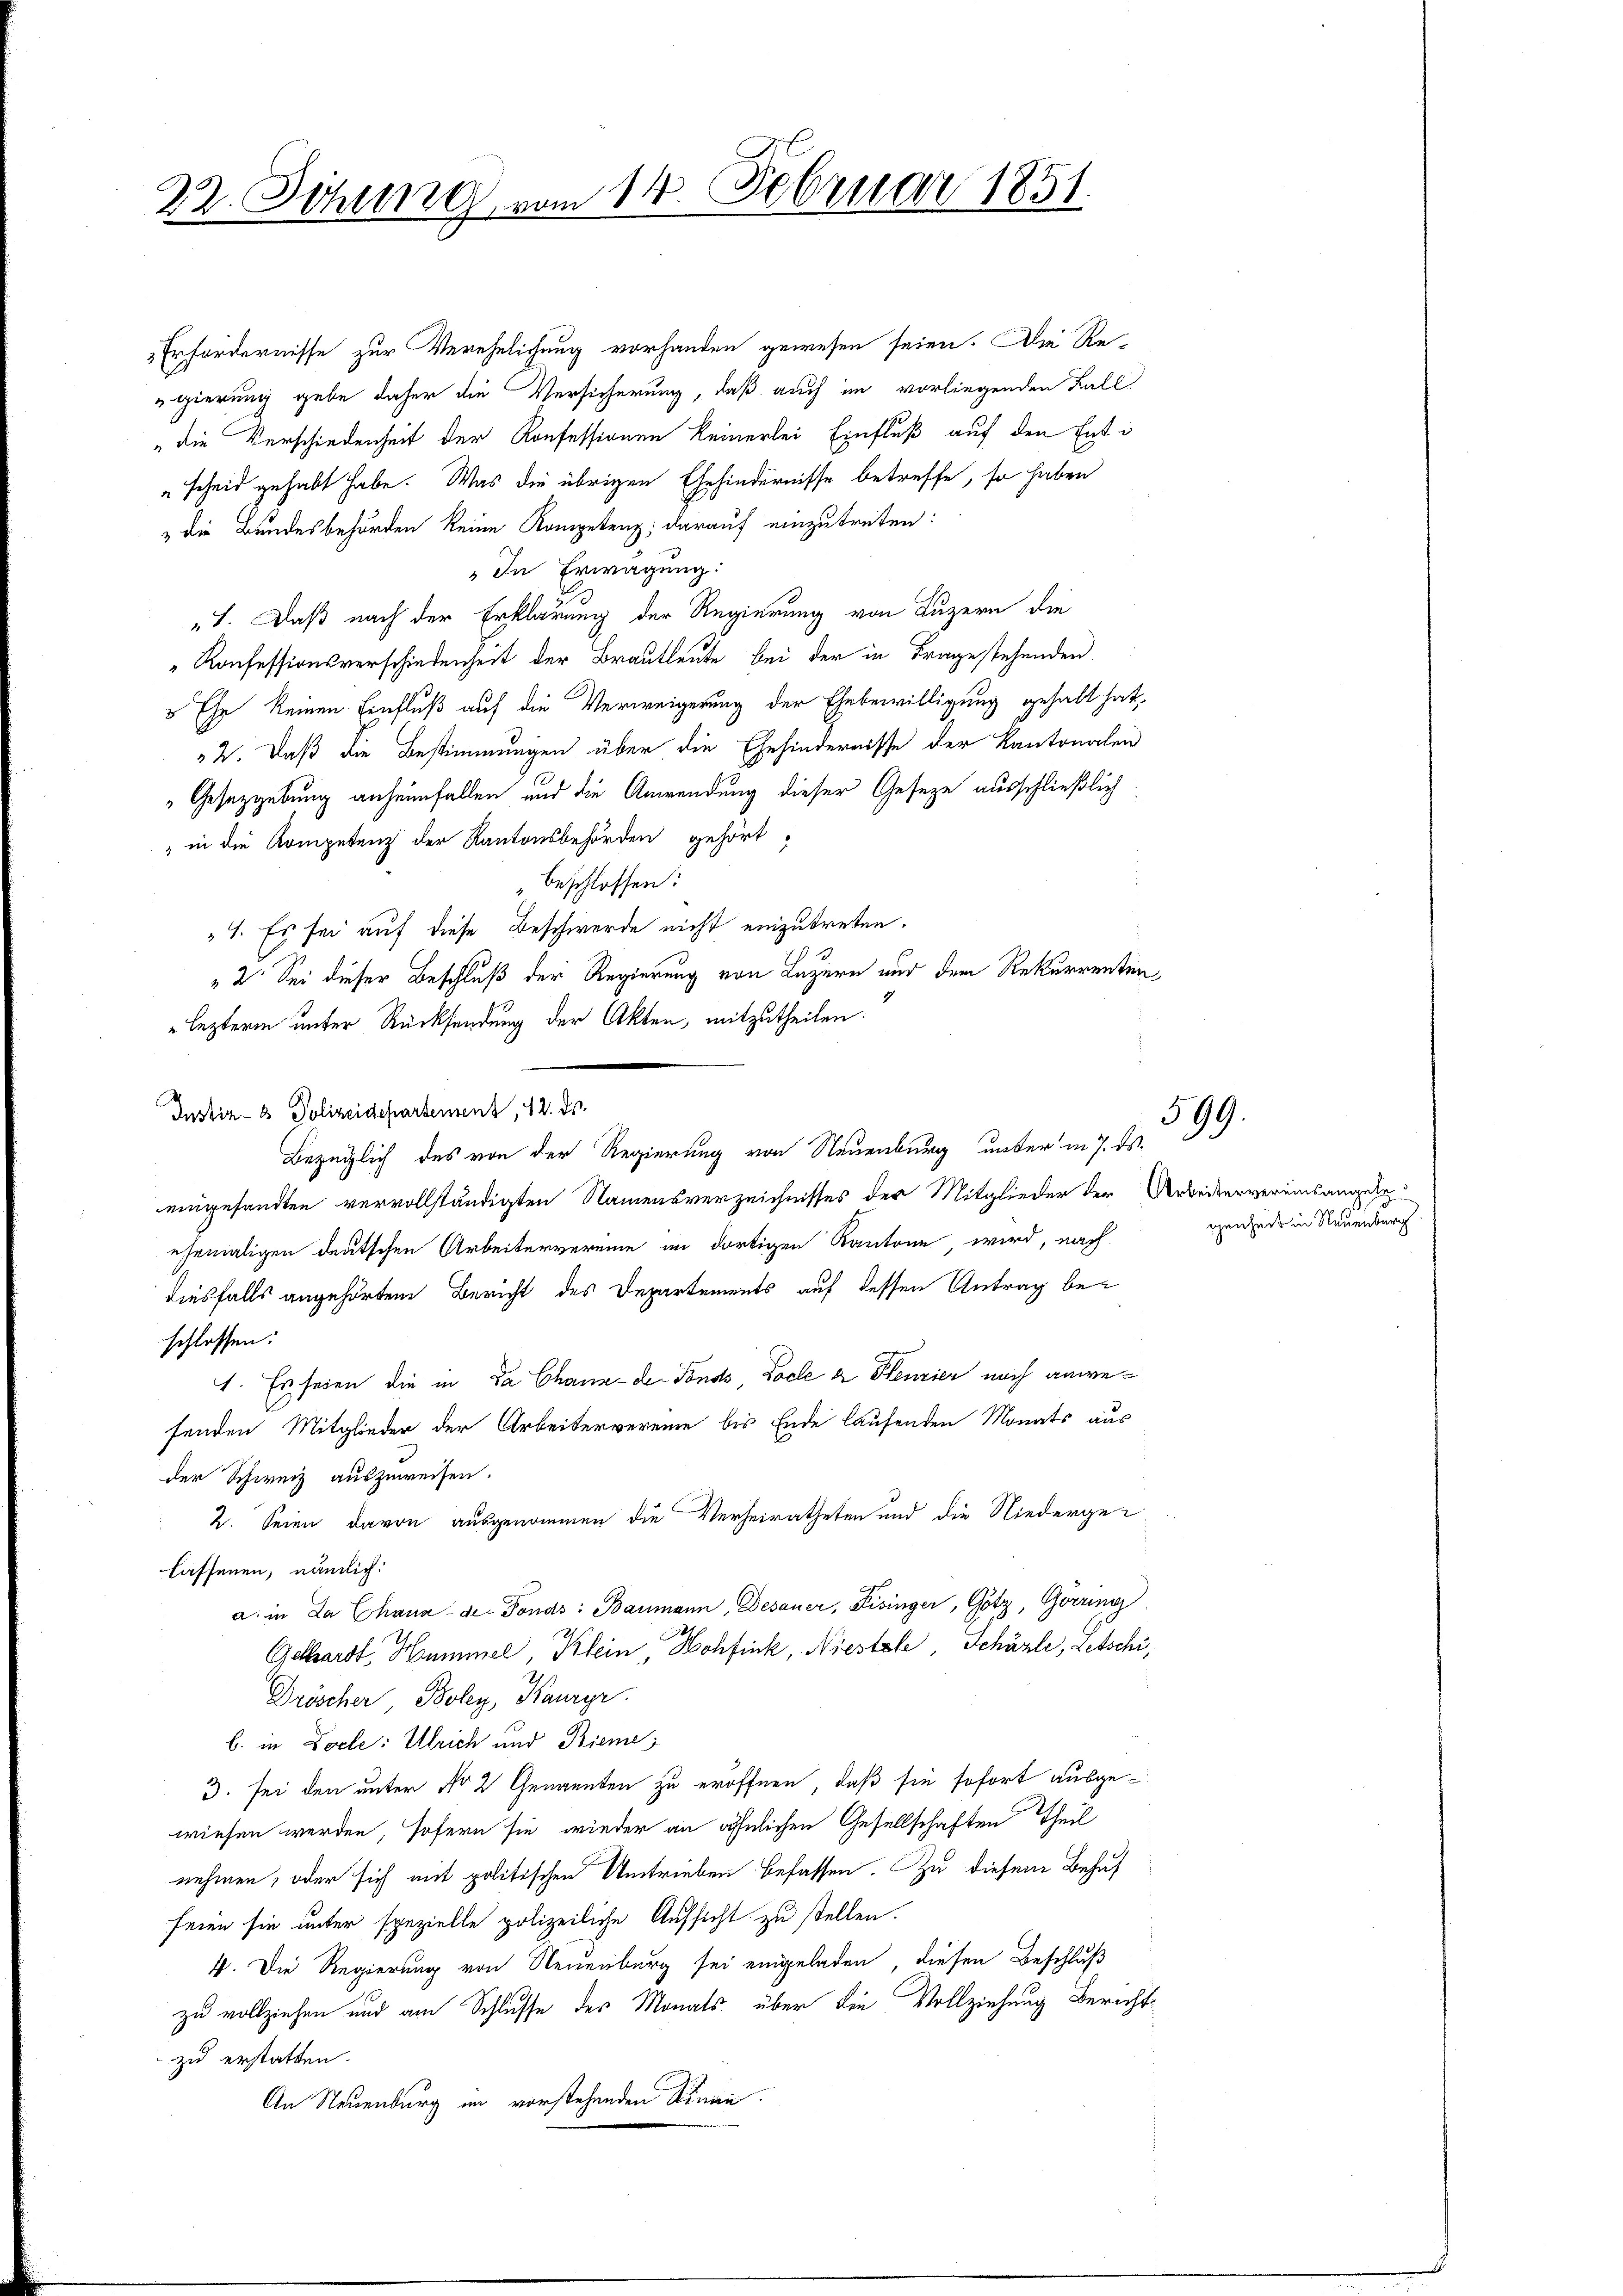
22. Sitzung vom 14. Februar 1851.

Erfordernisse zur Verehelichung vorhanden gewesen seien. Die Regierung gebe daher die Versicherung, daß auch im vorliegenden Fall
„die Verschiedenheit der Konfessionen keinerlei Einfluß auf den Ent¬
"scheid gehabt habe. Was die übrigen Ehehindernisse betreffe, so haben
"die Bundesbehörden keine Kompetenz; darauf einzutreten:
„In Erwägung:
„1. Daß nach der Erklärung der Regierung von Luzern die
Konfessionsverschiedenheit der Brautleute bei der in Fragestehenden
5 Ehe keinen Einfluß auf die Verweigerung der Ehebewilligung gehabt hat,
2. Daß die Bestimmungen über die Ehehindernisse der Kantonalen
Gesetzgebung anheimfallen und die Anwendung dieser Geseze ausschließlich
" in die Kompetenz der Kantonsbehörden gehört,
beschlossen:
1. Es sei auf diese Beschwerde nicht einzutreten.
"2. Sei dieser Beschluß der Regierung von Luzern nur dem Rekurrenten
lezteren unter Rücksendung der Akten, mitzutheilen.
Justiz- & Polizeidepartement, 12. ds.
Bezüglich des von der Regierung von Neuenburg unter in 7. ds.
eingesandten vervollständigten Namensverzeichnisses der Mitglieder der Arbeitervereinsangesezehemaligen deutschen Arbeitervereine im dortigen Kantone, wird, nach
diesfalls angehörten Bericht des Departements auf dessen Antrag beschlossen:
1. Es seien die in da Chaux-de-Fonds, Loche 2 Henzier noch anwefenden Mitglieder der Arbeitervereine bis Ende laufenden Monats aus
der Schweiz auszuweisen.
2. Seien davon ausgenommen die Verheiratheten und die Niedergelassenen, nämlich:
a. in da Chaus der Tonas: Baumann, Desauer, Fisinger, Götz, Görring
Gelhardt, Hummel, Klein, Hohfink, Niestole, Schäzle, Letschi,
Dröscher Boley, Kauzyr.
b. in Docle: Ulrich und Rieme
3. sei den unter No 2 Genannten zu eröffnen, daß sie sofort ausgewiesen werden, sofern sie wieder an ähnlichen Gesellschaften Theil
nehmen, oder sich mit politischen Umtrieben befassen. Zu diesem Behuf
seien sie unter spezielle polizeiliche Aufsicht zu stellen.
4. Die Regierung von Neuenburg sei eingeladen, diesen Beschluß
zu vollziehen und am Schlusse des Monats über die Vollziehung Bericht
zu erstatten.
An Neuenburg im vorstehenden Sinne.

599.

genheit in Neuenburg